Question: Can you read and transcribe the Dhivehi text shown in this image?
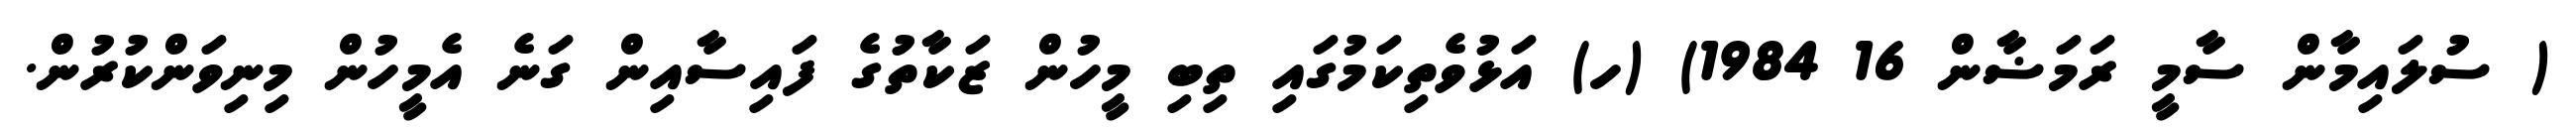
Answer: ( ސުލައިމާން ސާމީ ރަމަޟާން 16 1984) (ހ) އަޅުވެތިކަމުގައި ތިބި މީހުން ޒަކާތުގެ ފައިސާއިން ގަނެ އެމީހުން މިނިވަންކުރުން.